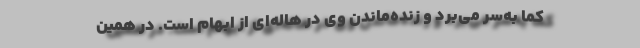
کما به‌سر می‌برد و زنده‌ماندن وی در هاله‌ای از ابهام است. در همین